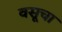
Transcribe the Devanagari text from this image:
वसूचा